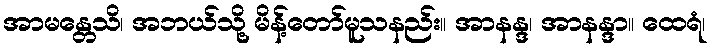
အာမန္တေသိ၊ အဘယ်သို့ မိန့်တော်မူသနည်း။ အာနန္ဒ၊ အာနန္ဒာ။ ထေရံ၊